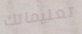
تعليماتك